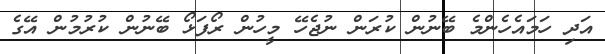
އަދި ހަމައެހެންމެ ބޭނުން ކުރަން ނުޖެހޭ މީހުން ރޯފަޅޯ ބޭނުން ކުރުމުން އޭގެ